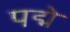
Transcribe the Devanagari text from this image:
पद्मे